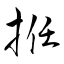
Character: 拰